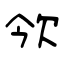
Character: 欦